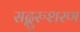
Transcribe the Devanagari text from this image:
सद्गुरुशरण